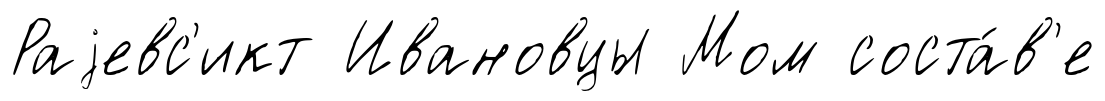
Раjевс'икт Ивановцы Мом соста́в'е